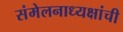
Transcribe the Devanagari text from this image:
संमेलनाध्यक्षांची